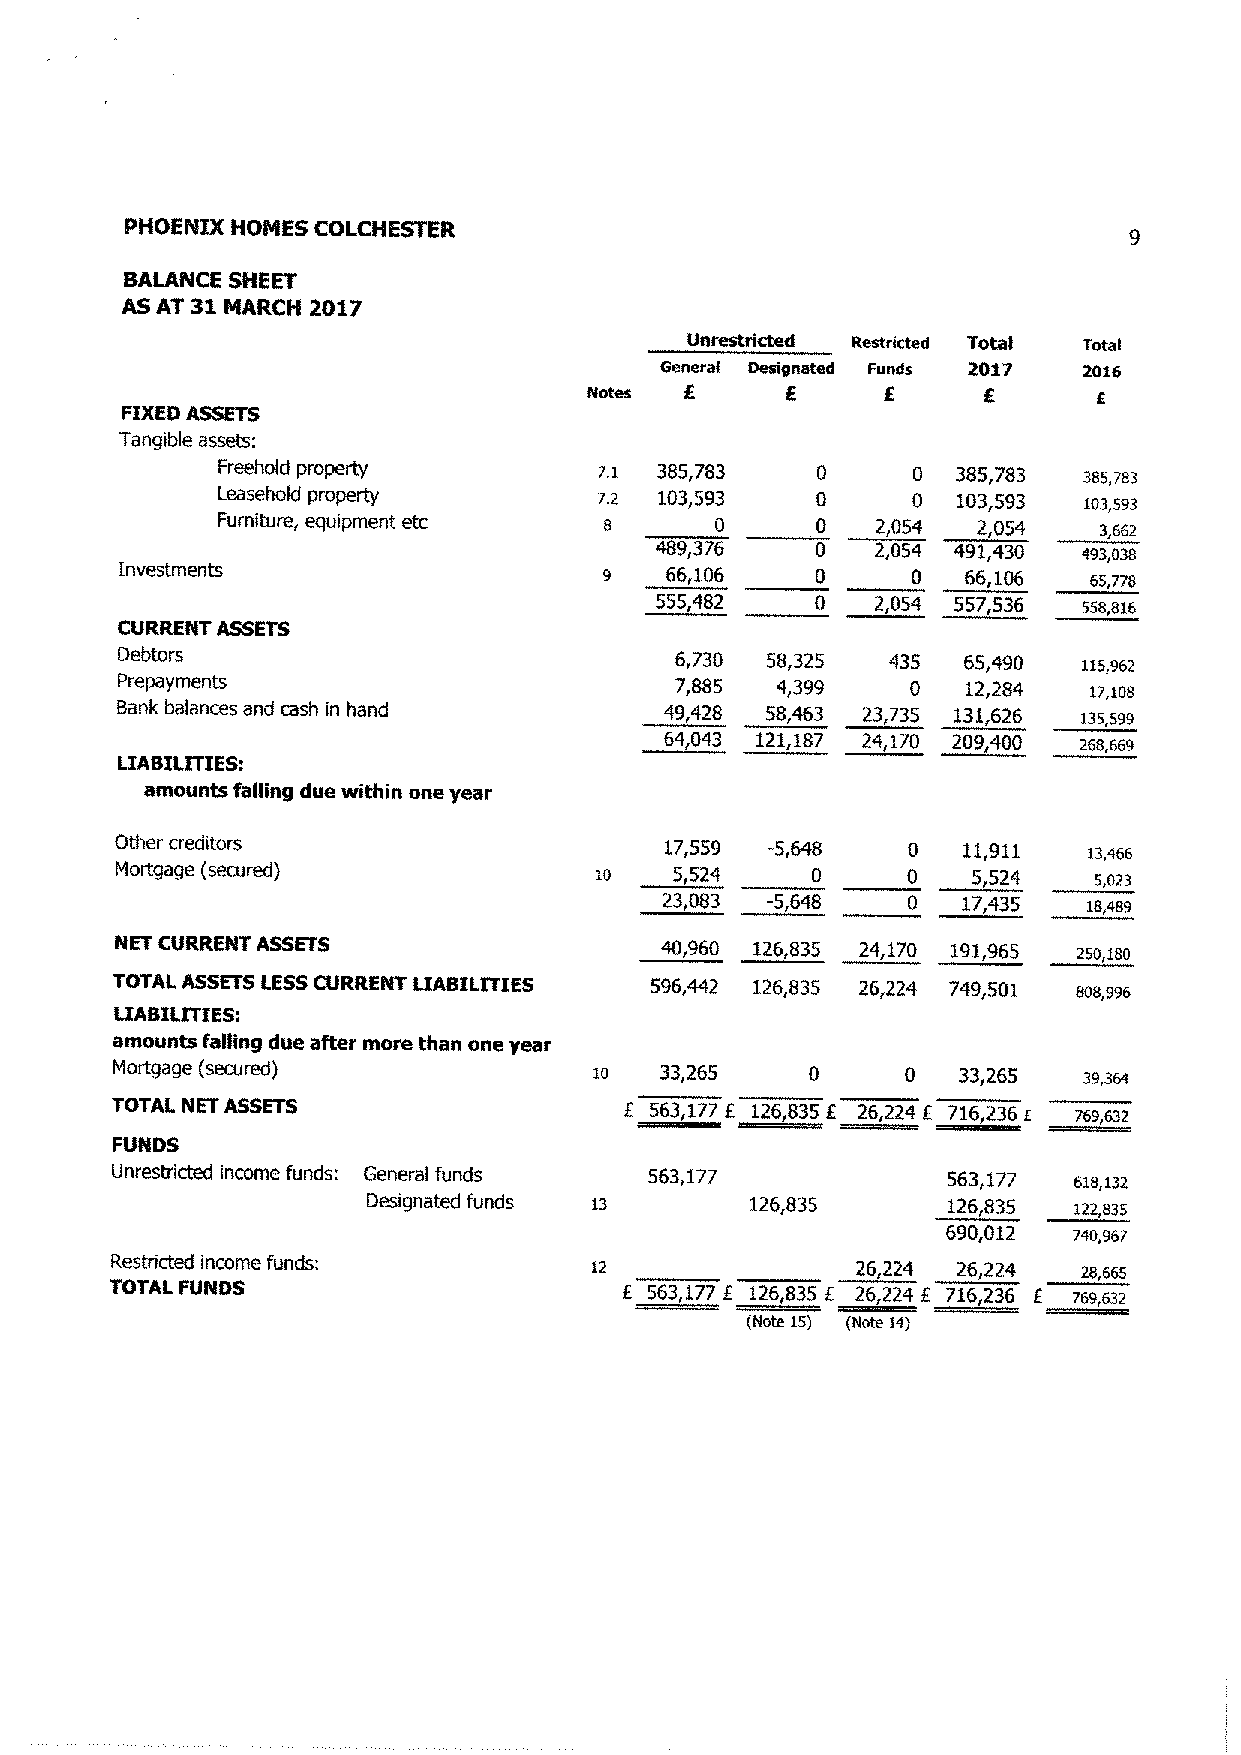
PHOENIX HOMES COLCHESTER                                          E
 BALANCE SHEET
 AS AT 31 MARCH 2017
 Unrestricted Restricted Totai Total
 Genera Designated Fumes 2017 2036
 votes f      £     £      £      s
 FIXED ASSETS
 Tangible assets:
 Freehold property        zi  385,783    0     0  385,783  3as,~s3
 leasehold property       ~.z 103,593    0     0  103,593  103,593
 Furniture, equipment etc  s      0      0   2,054 2,054    3,56z
 489,376    0   2,054 491,430 493,038
 Investments                     9   66,106    0     0   66,106  65,778
 555,482    0   2,054 557,536 sss,el6
 CURRENT ASSETS
 Debtors                             6,730  58,325  435  65,490 iis,95z
 Prepayments                         7,885  4,399    0   12,284  1~,iaa
 Bank balances and cash in hand      49,428 58,463 23,735 131,626 i3s,599
 64,043 121,187 24,170 209,400 zss,669
 LIABILITIES:
 amounts falling due within one year
 Other creditors                      17,559 -5,648   0   11,911  13,466
 Mortgage (secured}             io   5,524     0     0   5,524   s,oz3
 23,0$3 -5,648   0  17,435   ia,489
 NET CURRENT ASSETS                  40,960 126,835 24,170 191,965 zso,zao
 TOTAL ASSETS LESS CURRENT ~IASIl1TIE5 596,442 126,835 26,224 749,501 sos,996
 IIABIII'fTES:
 amounts falling due after more than one year
 Mortgage (secured]              io   33,265   0      0  33,265   39,364
 TOTAL NET ASSETS                  £ 563,177 £ 126,835 £ 26,224 £ 716,236 F 169,532
 FUPIDS
 Unrestricted income funds: General funds 563,177        563,177 eia,i3z
 Designated funds is      126,835       126,835 izz,s35
 690,012  ~ao,96J
 Reskricted income funds:        iz                26,224 26,224 2e,665
 TOTAL FUNDS                       £ 563,177E 126,835 f 26,224 f 716,236 E 769,632
 (Note 15) (Note 14)